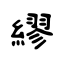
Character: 繆